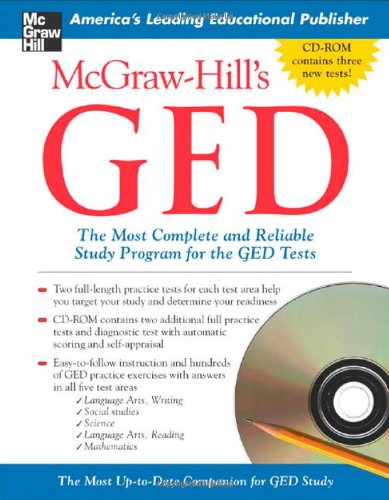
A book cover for McGraw-Hill's GED w/ CD-ROM: The Most Complete and Reliable Study Program for the GED Tests; Patricia Mulcrone; Test Preparation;